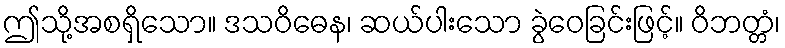
ဤသို့အစရှိသော။ ဒသဝိဓေန၊ ဆယ်ပါးသော ခွဲဝေခြင်းဖြင့်။ ဝိဘတ္တံ၊